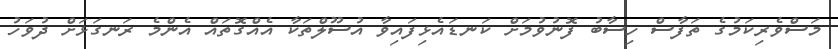
މަސްވެރިކަމުގެ ތަފާސް ހިސާބު ފޮނުވުމަށް ކަނޑައެޅިފައިވާ އުސޫލްތަކާ އެއްގޮތައް އެންމެ ރަނގަޅަށް ދުވަހު